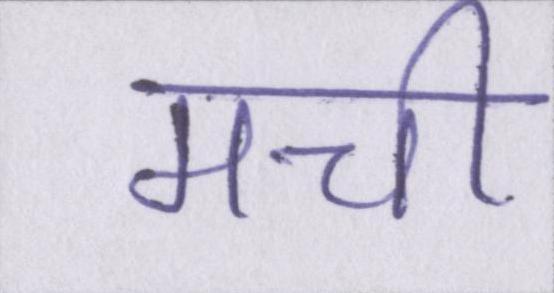
मची